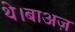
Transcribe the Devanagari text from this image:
थे।बाअज़